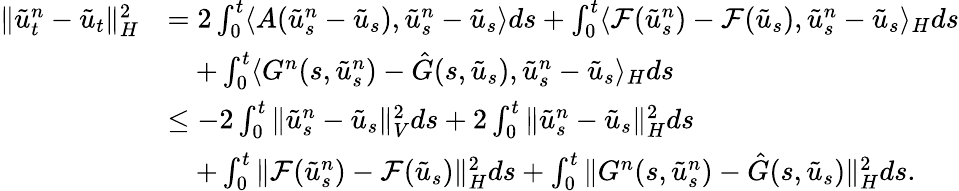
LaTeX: \begin{array}{rl}{\| \tilde{u}_{t}^{n}-\tilde{u}_{t}\| _{H}^{2}}&{=2\int_{0}^{t}\langle A(\tilde{u}_{s}^{n}-\tilde{u}_{s}),\tilde{u}_{s}^{n}-\tilde{u}_{s}\rangle ds+\int_{0}^{t}\langle\mathcal{F}(\tilde{u}_{s}^{n})-\mathcal{F}(\tilde{u}_{s}),\tilde{u}_{s}^{n}-\tilde{u}_{s}\rangle_{H}ds}\\ &{\quad+\int_{0}^{t}\langle G^{n}(s,\tilde{u}_{s}^{n})-\hat{G}(s,\tilde{u}_{s}),\tilde{u}_{s}^{n}-\tilde{u}_{s}\rangle_{H}ds}\\ &{\leq-2\int_{0}^{t}\| \tilde{u}_{s}^{n}-\tilde{u}_{s}\| _{V}^{2}ds+2\int_{0}^{t}\| \tilde{u}_{s}^{n}-\tilde{u}_{s}\| _{H}^{2}ds}\\ &{\quad+\int_{0}^{t}\| \mathcal{F}(\tilde{u}_{s}^{n})-\mathcal{F}(\tilde{u}_{s})\| _{H}^{2}ds+\int_{0}^{t}\| G^{n}(s,\tilde{u}_{s}^{n})-\hat{G}(s,\tilde{u}_{s})\| _{H}^{2}ds.}\end{array}